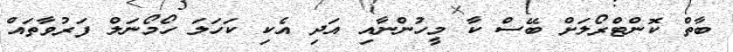
ބާތް ކޮންޓްރޯލަށް ބޭސް ކާ މީހުންނާއި އަދި އެކި ކަހަލަ ހޯމޯނަލް ފަރުވާތައް